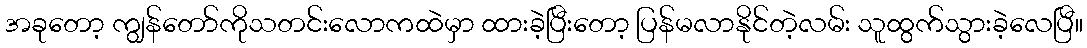
အခုတော့ ကျွန်တော်ကိုသတင်းလောကထဲမှာ ထားခဲ့ပြီးတော့ ပြန်မလာနိုင်တဲ့လမ်း သူထွက်သွားခဲ့လေပြီ။